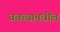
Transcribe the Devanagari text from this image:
वक्त्यांमधील